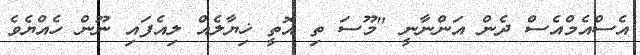
އެސްއެމްއެސް ދެން އަންނާނީ "މޫސަ ތި އޮތީ ޚިޔާލެއް ލިއެފައި ނޫން ހެއްޔެވެ